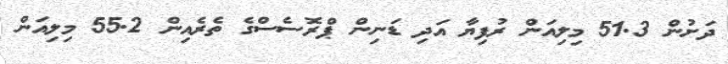
ދަށުން 51.3 މިލިއަން ރުފިޔާ އަދި ޑަނިން ޕްރޮސެސްގެ ތެރެއިން 55.2 މިލިއަން